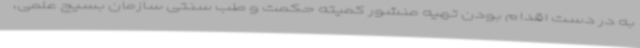
به در دست اقدام بودن تهیه منشور کمیته حکمت و طب سنتی سازمان بسیج علمی،